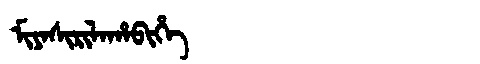
Manchu: ᠮᡳᠶᠠᠰᡳᡵᡳᠯᠠᡥᠠᠪᡳᡥᡝ
Romanization: MIYASIRILAHABIHE